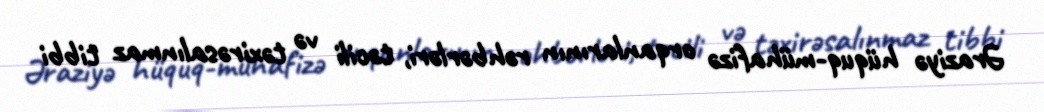
Əraziyə hüquq-mühafizə orqanlarının rəhbərləri, təcili və təxirəsalınmaz tibbi